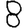
Digit: 8